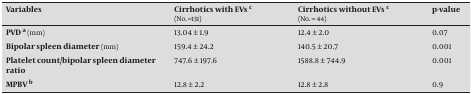
| Variables | Cirrhotics with EVsc(No. =131) | Cirrhotics without EVs c(No. = 44) | p-value |
 | --- | --- | --- | --- |
 | PVD a (mm) | 13.04 ± 1.9 | 12.4 ± 2.0 | 0.07 |
 | Bipolar spleen diameter (mm) | 159.4 ± 24.2 | 140.5 ± 20.7 | 0.001 |
 | Platelet count/bipolar spleen diameter ratio | 747.6 ± 197.6 | 1588.8 ± 744.9 | 0.001 |
 | MPBV b | 12.8 ± 2.2 | 12.8 ± 2.8 | 0.9 |